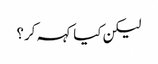
لیکن کیا کہہ کر؟